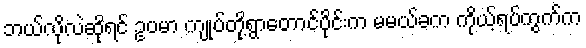
ဘယ်လိုလဲဆိုရင် ဥပမာ ကျုပ်တို့ရွာတောင်ပိုင်းက မမယ်ခက ကိုယ့်ရပ်ကွက်က